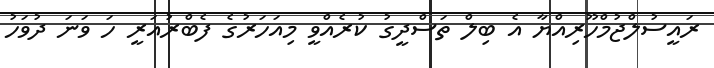
ރައީސުލްޖުމްހޫރިއްޔާ އެ ބިލް ތަސްދީގު ކުރެއްވީ މިއަހަރުގެ ފެބްރުއަރީ ހަ ވަނަ ދުވަހު